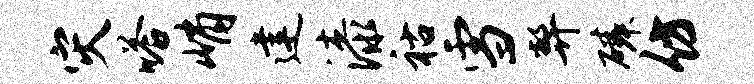
灾嗒峭建漆祜雪弊磷仿